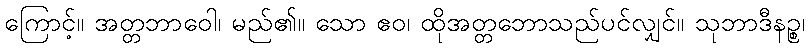
ကြောင့်။ အတ္တဘာဝေါ၊ မည်၏။ သော ဧဝ၊ ထိုအတ္တဘောသည်ပင်လျှင်။ သုဘာဒီနဉ္စ၊